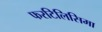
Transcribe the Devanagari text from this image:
फरटिलिसिमा